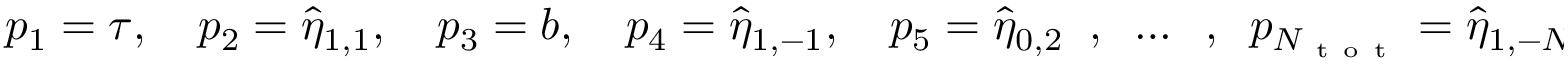
p _ { 1 } = \tau , \quad p _ { 2 } = \hat { \eta } _ { 1 , 1 } , \quad p _ { 3 } = b , \quad p _ { 4 } = \hat { \eta } _ { 1 , - 1 } , \quad p _ { 5 } = \hat { \eta } _ { 0 , 2 } \; \; , \; \; \dots \; \; , \; \; p _ { N _ { \mathrm { ~ t ~ o ~ t ~ } } } = \hat { \eta } _ { 1 , - N _ { 2 } } .